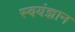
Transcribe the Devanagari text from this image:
स्वयंज्ञान